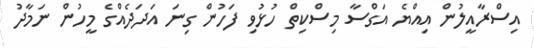
އިސްރާއީލުން އިއްޔެ އަގްސާ މިސްކިތް ހުޅުވި ފަހުން ގިނަ އަދަދެއްގެ މީހުން ނަމާދު